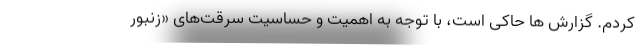
کردم. گزارش ها حاکی است، با توجه به اهمیت و حساسیت سرقت‌های «زنبور